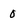
Character: 0